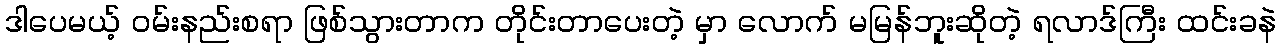
ဒါပေမယ့် ဝမ်းနည်းစရာ ဖြစ်သွားတာက တိုင်းတာပေးတဲ့ မှာ လောက် မမြန်ဘူးဆိုတဲ့ ရလာဒ်ကြီး ထင်းခနဲ